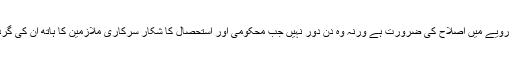
بیوروکریسی کو اپنے رویے میں اصلاح کی ضرورت ہے ورنہ وہ دن دور نہیں جب محکومی اور استحصال کا شکار سرکاری ملازمین کا ہاتھ ان کی گردن تک پہنچ جائے گا۔